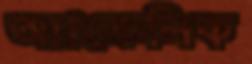
অ্যাক্রেলিক